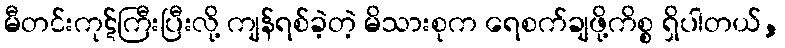
မီတင်းကုဋ်ကြီးပြီးလို့ ကျန်ရစ်ခဲ့တဲ့ မိသားစုက ရေစက်ချဖို့ကိစ္စ ရှိပါတယ်,